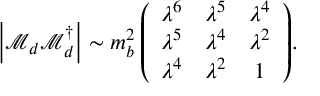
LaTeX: \left| { \mathcal M } _ { d } { \mathcal M } _ { d } ^ { \dagger } \right| \sim m _ { b } ^ { 2 } \left( \begin{array} { c c c } { { \lambda ^ { 6 } } } & { { \lambda ^ { 5 } } } & { { \lambda ^ { 4 } } } \\ { { \lambda ^ { 5 } } } & { { \lambda ^ { 4 } } } & { { \lambda ^ { 2 } } } \\ { { \lambda ^ { 4 } } } & { { \lambda ^ { 2 } } } & { { 1 } } \end{array} \right) \! .